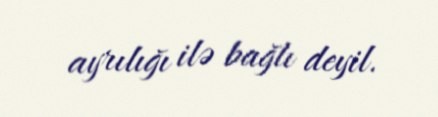
ayrılığı ilə bağlı deyil.